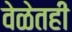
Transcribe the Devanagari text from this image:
वेळेतही